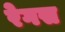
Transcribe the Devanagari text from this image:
रेगस